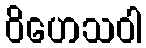
ဝိဟေသဝါ